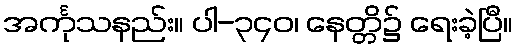
အင်္ကုသနည်း။ ပါ-၃၄၀၊ နေတ္တိ၌ ရေးခဲ့ပြီ။